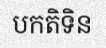
បកតិទិន